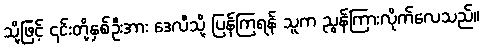
သို့ဖြင့် ၎င်းတို့နှစ်ဦးအား ဒေလီသို့ ပြန်ကြရန် သူက ညွန်ကြားလိုက်လေသည်။